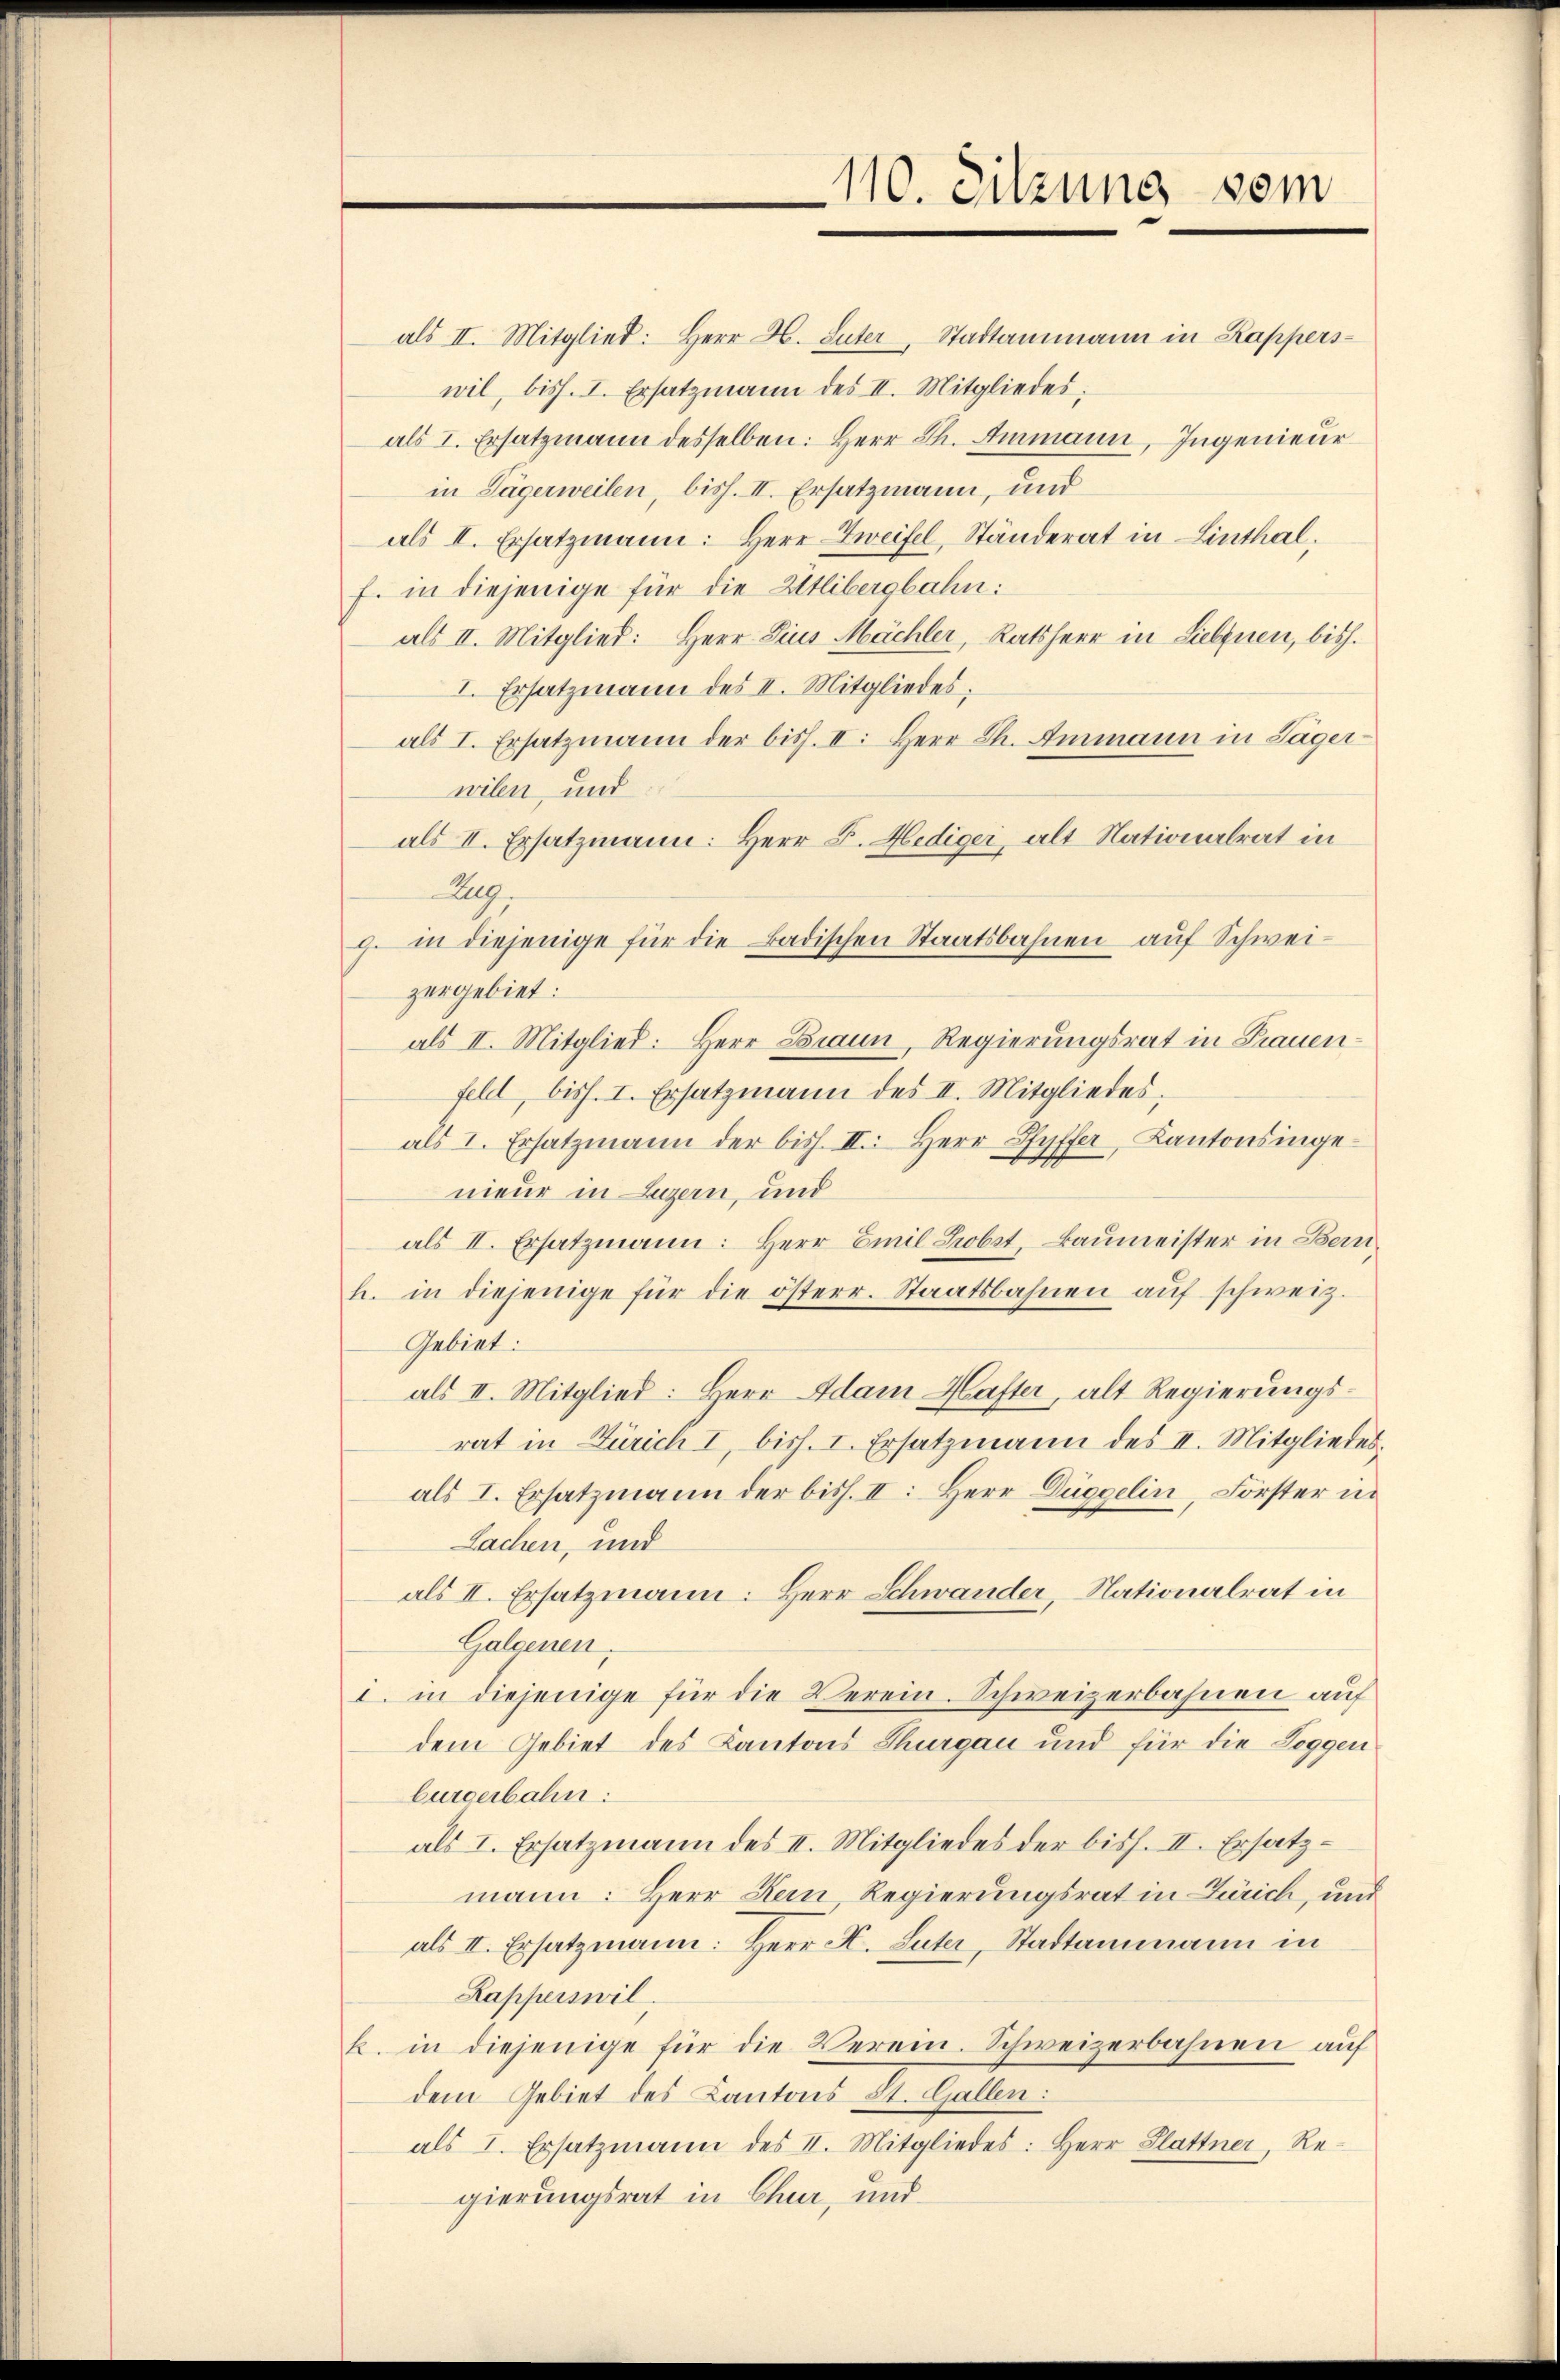
110. Sitzung vom

als II. Mitglied: Herr H. Suter, Stadtammann in Kapperswil, biss. I. Ersatzmann des II. Mitgliedes;
als I. Ersatzmann desselben: Herr Th. Ammann, Ingenieur
in Sägerweilen, biss. II. Ersatzmann, und
als II. Ersatzmann: Herr Zweifel, Ständerat in Linthal,
f. in diejenige für die Etlibergbahn:
als II. Mitglied: Herr Pius Mächler, Ratsherr in Liebfnen, bish
I. Ersatzmann des II. Mitgliedes;
als I. Ersatzmann der biss. II. Herr Ch. Ammann in Läger-
wilen und
als II. Ersatzmann: Herr F. Hediger, alt Nationalrat in
Zug
zergebiet:
als II. Mitglied: Herr Braun, Regierŭngsrat in Frauen-
feld, biss. I. Ersatzmann des II. Mitgliedes,
als 1. Ersatzmann der bish. II. Herr Pfyffer, Kantonsingenieur in Luzern, und
als II. Ersatzmann: Herr Emil Probst, Baumeister in Bern
h. in diejenige für die österr. Staatsbahnen aŭf schweiz.
Gebiet:
als II. Mitglied: Herr Adam Hafter, alt Regierungsrat in Zürich I, bish. I. Ersatzmann des II. Mitgliedes.
als I. Ersatzmann der biss. II. Herr Düggelin, Förster in
Sachen, und
als II. Ersatzmann: Herr Schwander, Nationalrat in
Galdenen,
I. in diejenige für die Verein. Schweizerbahnen auf
dem Gebiet des Kantons Thurgau und für die Loggen
burgerbahn:
als I. Ersatzmann des II. Mitgliedes der biss. II. Ersatz-
mann: Herr Kein Regierungsrat in Zürich, und
als II. Ersatzmann: Herr K. Suter, Stadtammann in
Kapperswil
k. in diejenige für die Verein. Schweizerbahnen auf
dem Gebiet des Kantons St. Gallen:
als 1. Ersatzmann des II. Mitgliedes: Herr Glattner, Re-
gierungsrat in Chur, und

g. in diejenige für die Badischen Staatsbahnen auf Schwei¬